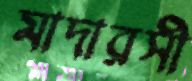
মাদারসী